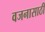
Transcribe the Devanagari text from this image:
वजनासाठी